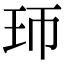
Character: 㺰